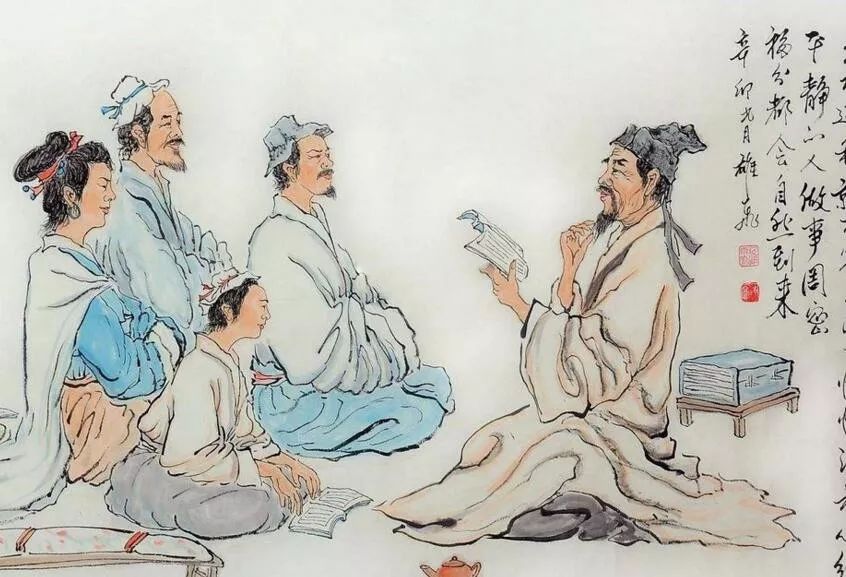
古人学问无遗力，少壮工夫老始成。